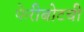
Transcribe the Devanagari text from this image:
फेरीबोटची